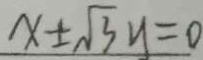
x \pm \sqrt { 3 } y = 0